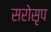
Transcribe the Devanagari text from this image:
सरोसृप